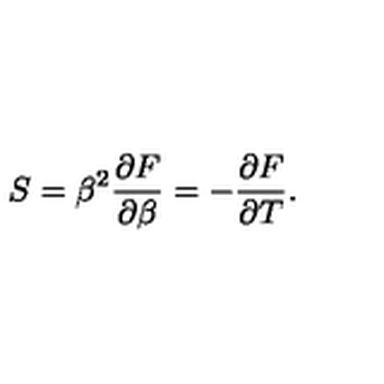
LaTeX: S = \beta ^ { 2 } { \frac { \partial F } { \partial \beta } } = - { \frac { \partial F } { \partial T } } .